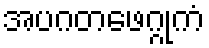
အပဂတဖေဂ္ဂုကံ